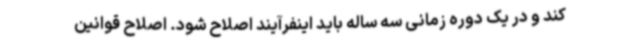
کند و در یک دوره زمانی سه ساله باید اینفرآیند اصلاح شود. اصلاح قوانین